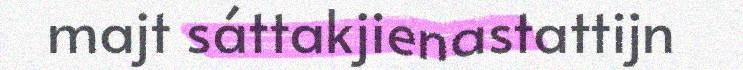
majt sáttakjienastattijn